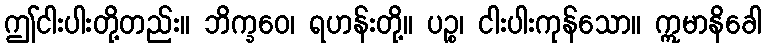
ဤငါးပါးတို့တည်း။ ဘိက္ခဝေ၊ ရဟန်းတို့။ ပဉ္စ၊ ငါးပါးကုန်သော။ ဣမာနိခေါ